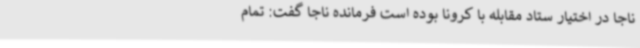
ناجا در اختیار ستاد مقابله با کرونا بوده است فرمانده ناجا گفت: تمام